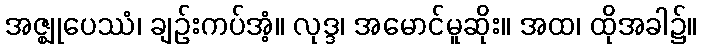
အဇ္ဈုပေဿံ၊ ချဉ်းကပ်အံ့။ လုဒ္ဒ၊ အမောင်မူဆိုး။ အထ၊ ထိုအခါ၌။